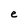
Character: e